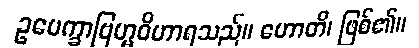
ဥပေက္ခာဗြဟ္မဝိဟာရသည်။ ဟောတိ၊ ဖြစ်၏။